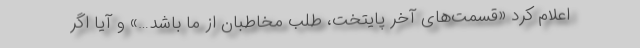
اعلام کرد «قسمت‌های آخر پایتخت، طلب مخاطبان از ما باشد…» و آیا اگر